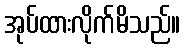
အုပ်ထားလိုက်မိသည်။